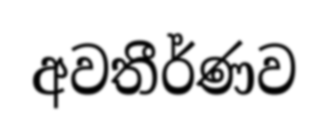
අවතීර්ණව